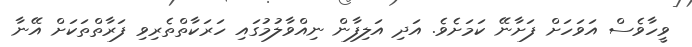
ވީހާވެސް އަވަހަށް ފަށާނޭ ކަމަށެވެ. އަދި އަލިފާން ނިއްވާލުމުގައި ހަރަކާތްތެރިވި ފަރާތްތަކަށް އޭނާ